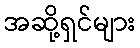
အဆို့ရှင်များ